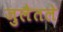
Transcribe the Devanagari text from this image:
जुलैतले